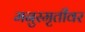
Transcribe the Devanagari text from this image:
मनुस्मृतीवर